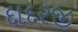
દાદરજી